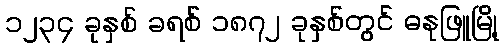
၁၂၃၄ ခုနှစ် ခရစ် ၁၈၇၂ ခုနှစ်တွင် ဓနုဖြူမြို့